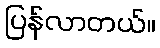
ပြန်လာတယ်။